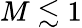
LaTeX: M\lesssim 1